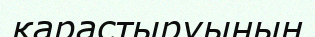
қарастыруының